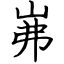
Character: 岪